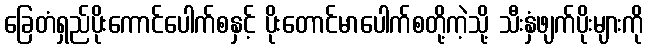
ခြေတံရှည်ပိုးကောင်ပေါက်စနှင့် ပိုးတောင်မာပေါက်စတို့ကဲ့သို့ သီးနှံဖျက်ပိုးများကို